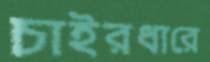
চাইরধারে